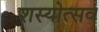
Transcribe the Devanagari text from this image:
शस्योत्सव